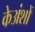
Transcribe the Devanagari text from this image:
केअंशों